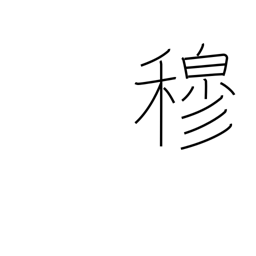
Meaning: respectful